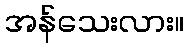
အန်သေးလား။